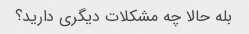
بله حالا چه مشکلات دیگری دارید؟